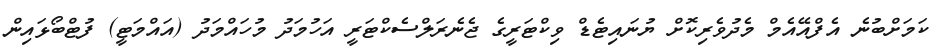
ކަމަށްބުނެ އެފްއޭއެމް މެދުވެރިކޮށް ޔުނައިޓެޑް ވިކްޓަރީގެ ޖެނެރަލްސެކްޓަރީ އަހުމަދު މުހައްމަދު (އައްމަޓީ) ފުޓްބޯޅައިން